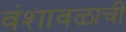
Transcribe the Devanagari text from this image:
वंशावळाची